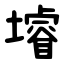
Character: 龼